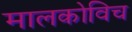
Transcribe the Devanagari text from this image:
मालकोविच